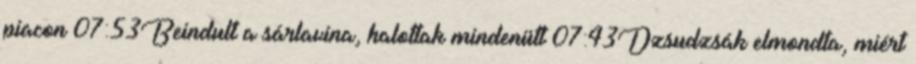
piacon 07:53Beindult a sárlavina, halottak mindenütt 07:43Dzsudzsák elmondta, miért